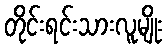
တိုင်းရင်းသားလူမျိုး